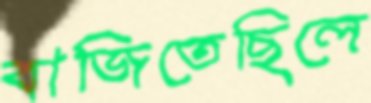
বাজিতেছিলে